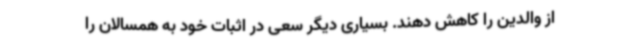
از والدین را کاهش دهند. بسیاری دیگر سعی در اثبات خود به همسالان را